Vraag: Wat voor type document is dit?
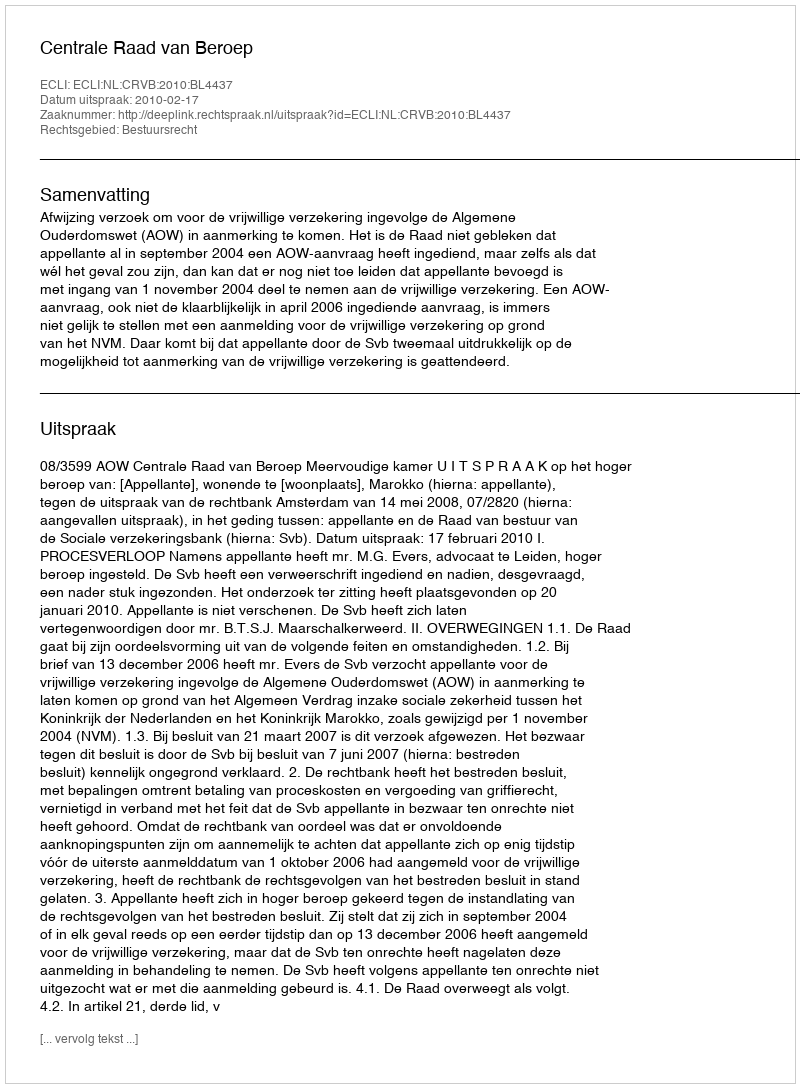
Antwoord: Uitspraak